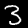
Label: 3